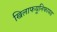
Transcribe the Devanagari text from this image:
खिलाफयूनिफायड